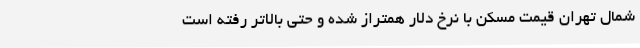
شمال تهران قیمت مسکن با نرخ دلار همتراز شده و حتی بالاتر رفته است